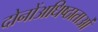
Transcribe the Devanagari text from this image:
दोनोंअधिष्ठाताओं